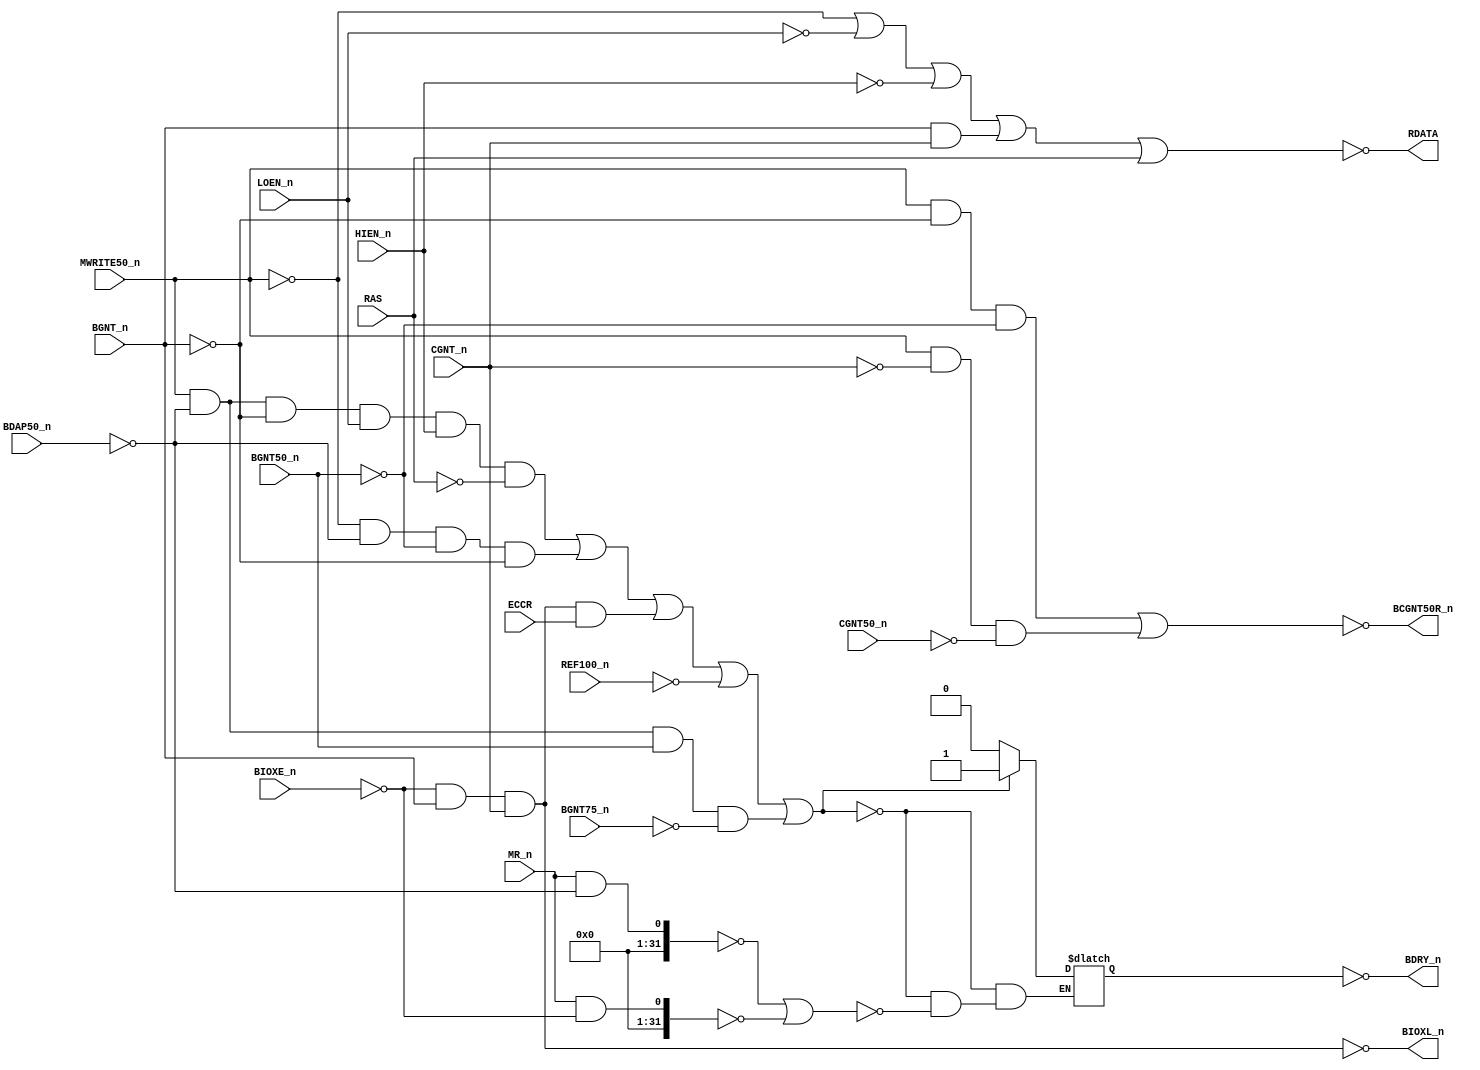
//PAL16L8
//ADGD 13/8/86
//44310D,3F,LBDIF

module PAL_44310D(
    input HIEN_n, input BGNT_n, input CGNT_n, input LOEN_n, input CGNT50_n, input ECCR, input BGNT50_n, input BGNT75_n, input BDAP50_n, input MR_n, input MWRITE50_n, input BIOXE_n, input REF100_n, input RAS, 
    output BCGNT50R_n, output BDRY_n, output BIOXL_n, output RDATA
);


// Creating non-negated wires for active-low inputs
wire HIEN = ~HIEN_n;
wire BGNT = ~BGNT_n;
wire CGNT = ~CGNT_n;
wire LOEN = ~LOEN_n;
wire BGNT50 = ~BGNT50_n;
wire BGNT75 = ~BGNT75_n;
wire BDAP50 = ~BDAP50_n;
wire MWRITE50 = ~MWRITE50_n;
wire BIOXE = ~BIOXE_n;

wire BIOXL = ~BIOXL_n;
wire CGNT50 = ~CGNT50_n;
wire REF100 = ~REF100_n;

wire RAS_n = ~RAS;


// Logic for BCGNT50R_n (active-low)
assign BCGNT50R_n = ~(
                      (MWRITE50_n & BGNT & BGNT50) | // FROM 50NS AFTER GNT ON READ C
                      (MWRITE50_n & CGNT & CGNT50)   // LASTS FOR THE REST OF THE CYCLE
                    );

// Logic for BDRY_n (active-low)
reg BDRY;
always @(*) begin
  if (
       (MWRITE50_n & BDAP50 & BGNT & LOEN_n & HIEN_n & RAS_n)  | // BUS READ FROM LOCAL MEM
       (MWRITE50 & BDAP50 & BGNT50 & BGNT)                     | // BUS WRITE TO LOCAL MEM
       (BIOXL & ECCR)                                          | // IOX=ECCR
       (REF100)                                                |
       (MWRITE50_n & BDAP50 & BGNT50_n & BGNT75)                 // LATE BDRY FOR 10MHZ DISK      
     )
        BDRY = 1'b1;
  else if (
                ((MR_n & BDAP50) == 0)                        | // HOLD TERM FOR MEMORY
                ((MR_n & BIOXE) == 0)                           // HOLD TERM FOR IOX CYCLE
          )
            BDRY = 1'b0;
end

assign BDRY_n = ~BDRY;

// Logic for BIOXL_n (active-low)
assign BIOXL_n = ~(BIOXE & BGNT_n & CGNT_n);

// Logic for RDATA
assign RDATA =  ~(
                   (MWRITE50)        | // INDICATES DATA READY ON
                   (LOEN)            |
                   (HIEN)            |
                   (BGNT_n & CGNT_n) |
                   (RAS)
                  );

endmodule

/*

DESCRIPTION

:280287 JLB: ECCR WRONG POLARITY, RESPONDS WITH BDRY TO
;EXISTING IOX-ES.
;280287 JLB: NEW INPUT REF~ , TO GENERATE A REF PULSE OF 175-200NS
;DURATION BY GENERATING BDRY.
;
;180587 M3202B
;090787 B JLB: RAS USED IN RDATA TO AVOID SPIKE ON TRANSITION FROM
;              LOEN TO HIEN.
;290787 C JLB: BD HAD A TYPICAL SETUP TIME OF 140NS BEFORE BDRY ON DMA READ
;              CHANGED TO 65NS (25NS REQUIRED). DMA BUFFERED WRITE: BDRY START
;              50NS AFTER BGNT GOES ACTIVE ON DMA WRITE, AND LASTS UNTIL BGNT
;              OR BDAP50 GOES OFF (105NS MIN.}. THIS IS TO GIVE TIME FROM
;              GRANT OFF TO BMEM ON IN THE FOLLOWING CYCLE.
;110887 D JLB: BDRY GAN BE LOST IF BDRY50 IS NOT PRESENT AT THE TIME STATE
;              7 IN THE RAM CONTROL IS REACHED. HAPPENS WITH 1OMHZ DISK CONTR.
;              SINTRAN STOPS ON LEVEL 14 DURING STARTUP.

*/